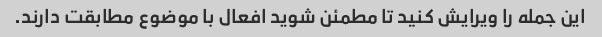
این جمله را ویرایش کنید تا مطمئن شوید افعال با موضوع مطابقت دارند.